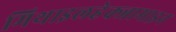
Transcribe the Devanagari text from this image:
मिथाइलहेक्जामाइन